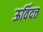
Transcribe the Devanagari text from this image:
ऊर्विदत्त